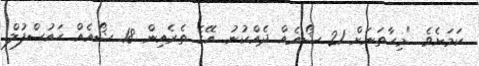
ކަމަށެވެ. "މިހާތަނަށް 21 ޝޯއެއް ދެއްކުނު. އޭގެ ތެރެއިން 18 ޝޯއެއް ހައުސްފުލް.